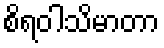
စိရဝါသိမာတာ